Senior Leaving Certificate Examination (including Day School Certificate (Higher) General paper), 1950
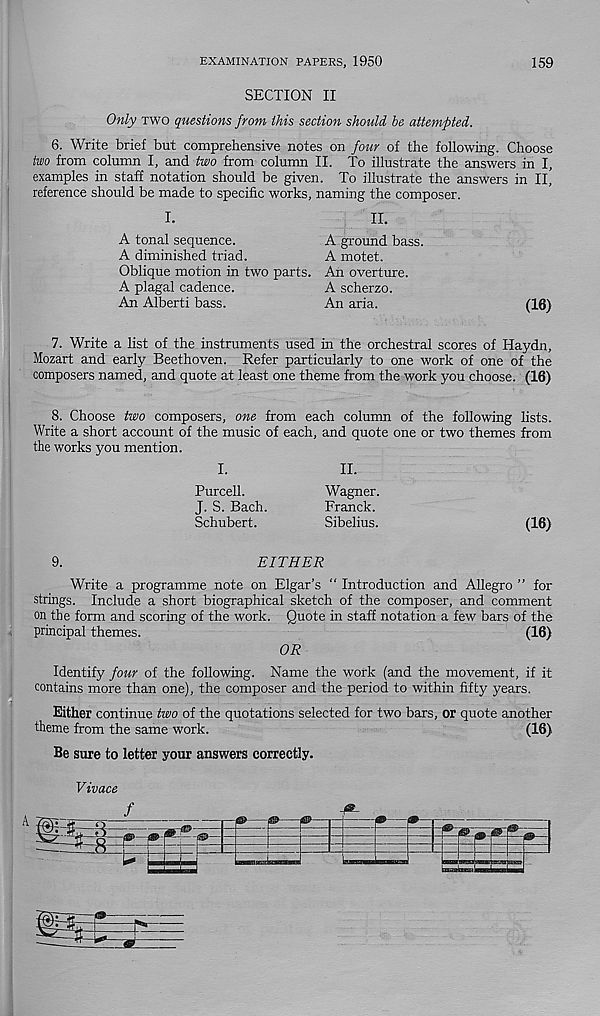
EXAMINATION PAPERS, 1950
159
SECTION II
Only two questions from this section should be attempted.
6. Write brief but comprehensive notes on four of the following. Choose
two from column I, and two from column II. To illustrate the answers in I,
examples in staff notation should be given. To illustrate the answers in II,
reference should be made to specific works, naming the composer.
I.
II.
A tonal sequence.
A ground bass.
A diminished triad.
A motet.
Oblique motion in two parts. An overture.
A plagal cadence.
A scherzo.
An Alberti bass.
An aria.
(16)
7. Write a list of the instruments used in the orchestral scores of Haydn,
Mozart and early Beethoven. Refer particularly to one work of one of the
composers named, and quote at least one theme from the work you choose. (16)
8. Choose two composers, one from each column of the following fists.
Write a short account of the music of each, and quote one or two themes from
the works you mention.
I.
II.
Purcell.
Wagner.
J. S. Bach.
Franck.
Schubert.
Sibelius.
(16)
9.
EITHER
Write a programme note on Elgar’s “ Introduction and Allegro ” for
strings. Include a short biographical sketch of the composer, and comment
on the form and scoring of the work. Quote in staff notation a few bars of the
principal themes.
(16)
OR
Identify four of the following. Name the work (and the movement, if it
contains more than one), the composer and the period to within fifty years.
Either continue two of the quotations selected for two bars, or quote another
theme from the same work.
(16)
Be sure to letter your answers correctly.
Vivace
f
g|l